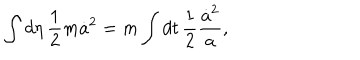
\int d \eta \, { \frac { 1 } { 2 } } m \dot { a } ^ { 2 } = m \int d t \, { \frac { 1 } { 2 } } { \frac { \dot { a } ^ { 2 } } { a } } ,